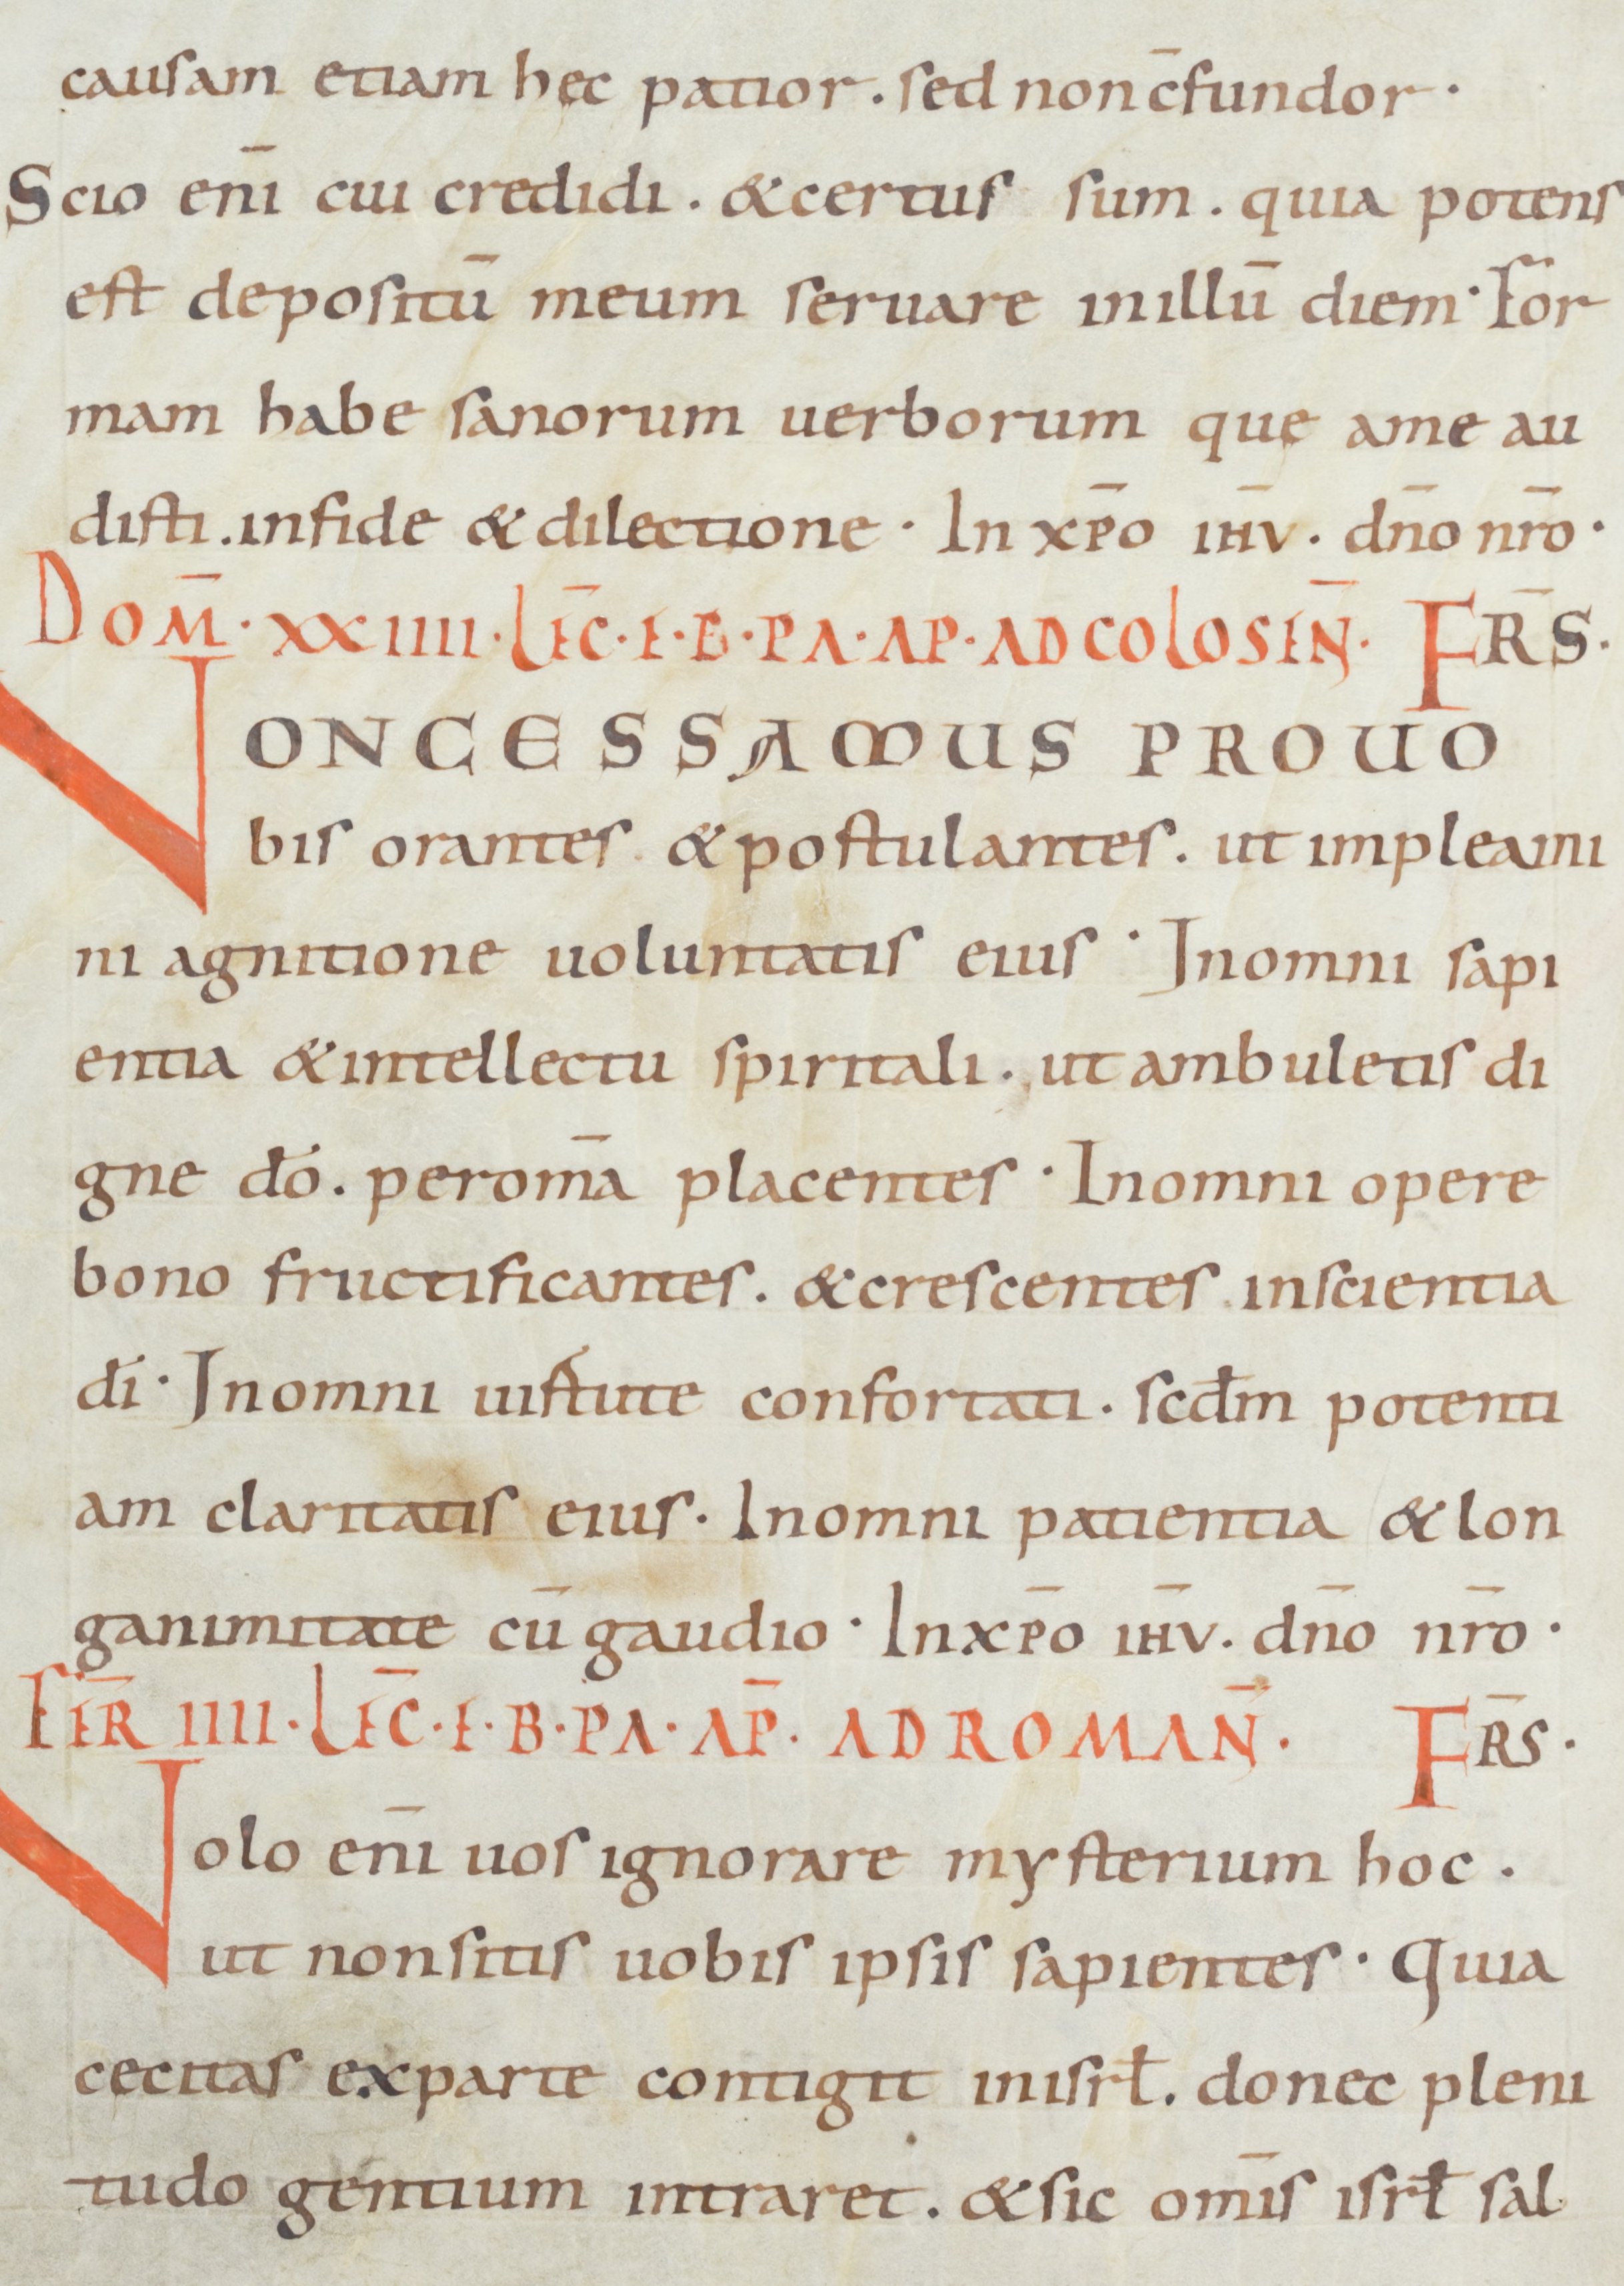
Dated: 900–949